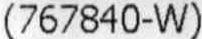
(767840-W)